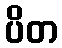
ပိတ